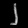
Digit: ၂